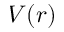
V ( r )